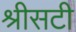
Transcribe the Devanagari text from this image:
श्रीसटी